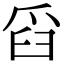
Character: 舀